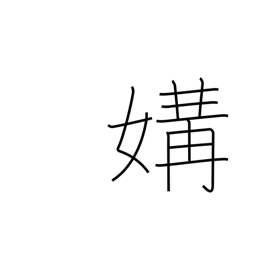
Meaning: intimacy